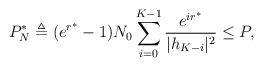
LaTeX: \begin{align*}P_N^* \triangleq (e^{r^*}-1)N_0\sum_{i=0}^{K-1}\frac{e^{ir^*}}{|h_{K-i}|^2}\leq P,\end{align*}